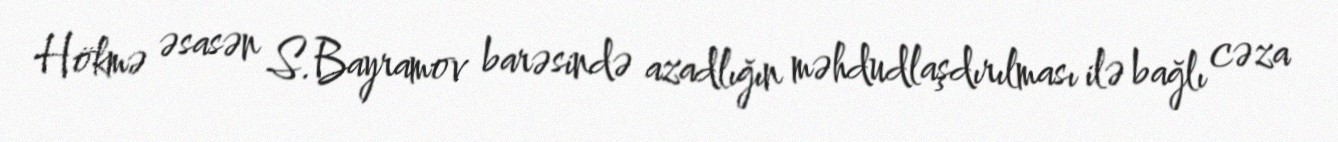
Hökmə əsasən S.Bayramov barəsində azadlığın məhdudlaşdırılması ilə bağlı cəza